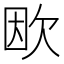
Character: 欭